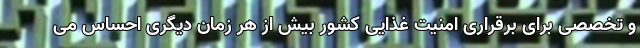
و تخصصی برای برقراری امنیت غذایی کشور بیش از هر زمان دیگری احساس می